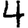
Digit: 4